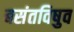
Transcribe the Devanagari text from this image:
बसंतविषुव